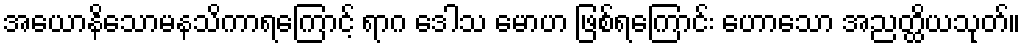
အယောနိသောမနသိကာရကြောင့် ရာဂ ဒေါသ မောဟ ဖြစ်ရကြောင်း ဟောသော အညတ္ထိယသုတ်။